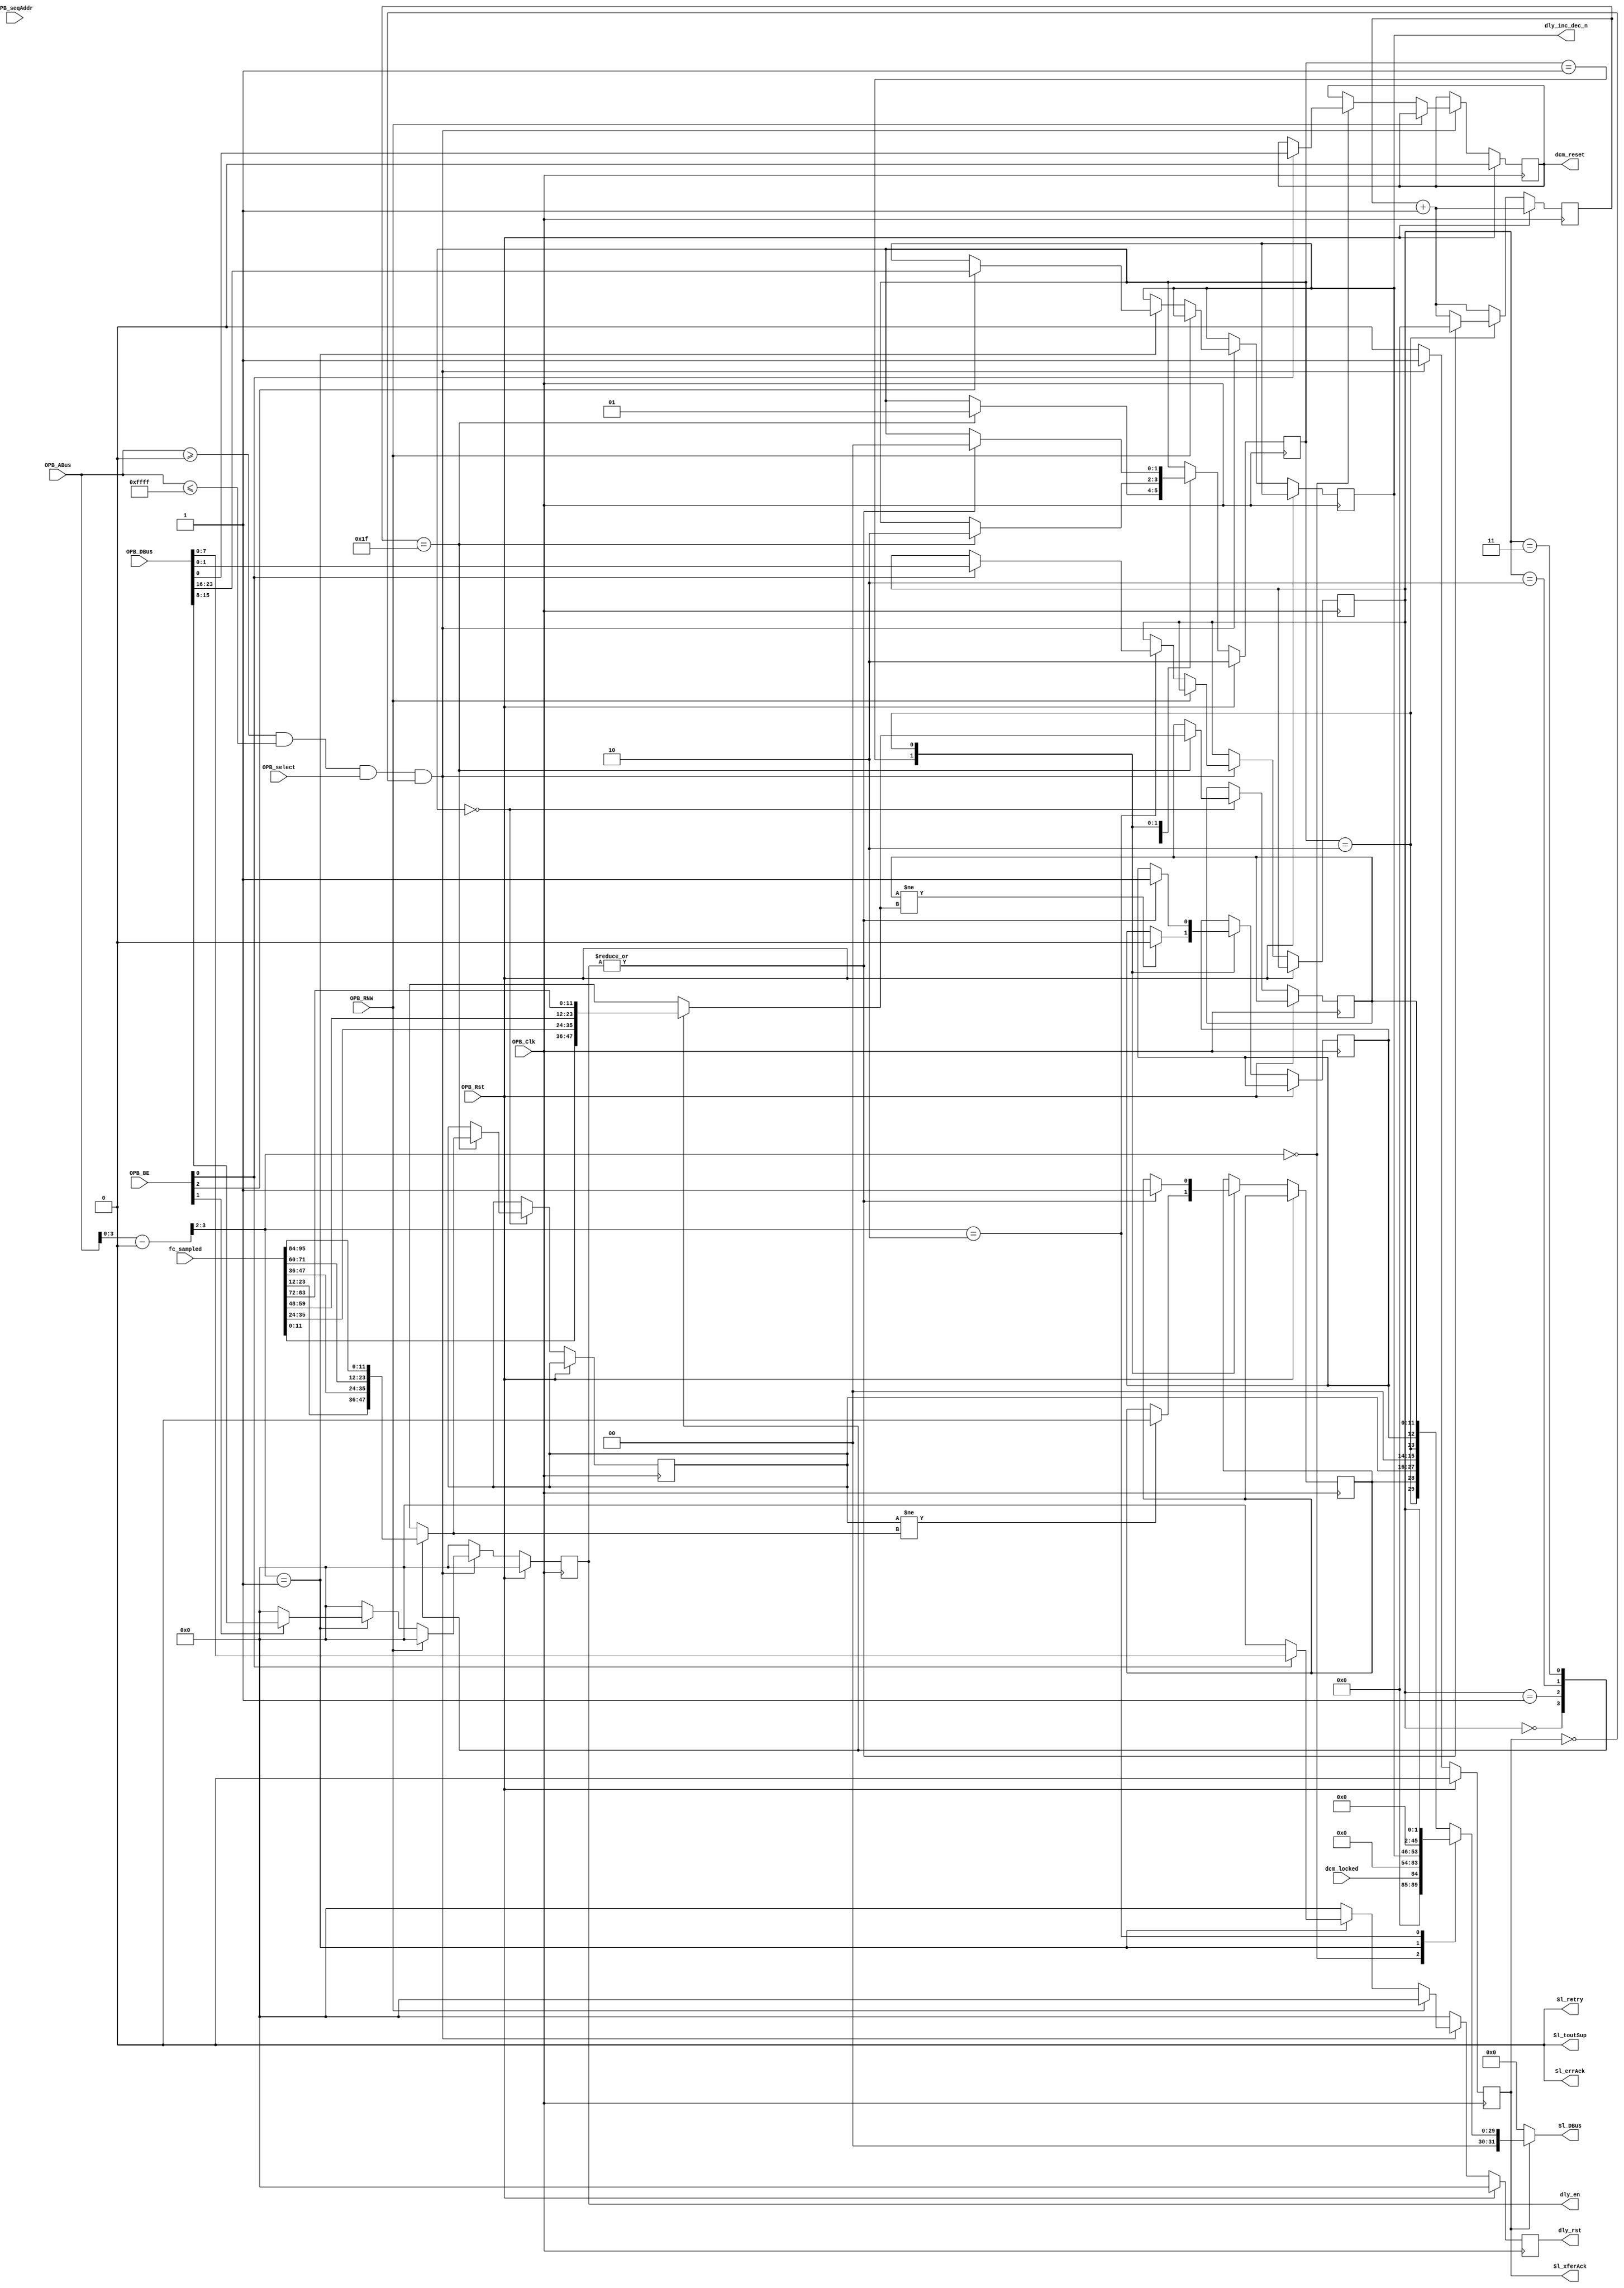
module opb_x64_adc #(
    parameter C_BASEADDR   = 32'h00000000,
    parameter C_HIGHADDR   = 32'h0000FFFF,
    parameter C_OPB_AWIDTH = 32,
    parameter C_OPB_DWIDTH = 32
  ) (
    input         OPB_Clk,
    input         OPB_Rst,
    output [0:31] Sl_DBus,
    output        Sl_errAck,
    output        Sl_retry,
    output        Sl_toutSup,
    output        Sl_xferAck,
    input  [0:31] OPB_ABus,
    input  [0:3]  OPB_BE,
    input  [0:31] OPB_DBus,
    input         OPB_RNW,
    input         OPB_select,
    input         OPB_seqAddr,

    input  [12*8-1:0] fc_sampled,
    output      [7:0] dly_rst,
    output      [7:0] dly_en,
    output      [7:0] dly_inc_dec_n,
    output            dcm_reset,
    input             dcm_locked
  );

  /************ OPB Logic ***************/

  localparam REG_CTRL    = 0;
  localparam REG_DLYCTRL = 1;
  localparam REG_DATASEL = 2;
  localparam REG_DATAVAL = 3;

  wire addr_match = OPB_ABus >= C_BASEADDR && OPB_ABus <= C_HIGHADDR;
  wire [31:0] opb_addr = OPB_ABus - C_BASEADDR;

  reg opb_ack;

  reg [7:0] dly_rst_reg;
  assign dly_rst = dly_rst_reg;
  reg [7:0] dly_en_reg;
  assign dly_en = dly_en_reg;
  reg [7:0] dly_inc_dec_n_reg;
  assign dly_inc_dec_n = dly_inc_dec_n_reg;
  reg dcm_reset_reg;
  assign dcm_reset = dcm_reset_reg;

  reg [1:0] data_index;

  /* Data from the sampler thing */
  reg [11:0] val0;
  reg [11:0] val1;
  reg val0_stable;
  reg val1_stable;
  wire val0_ready;
  wire val1_ready;

  always @(posedge OPB_Clk) begin
    /* Single cycle strobes */
    opb_ack     <= 1'b0;
    dly_rst_reg <= 8'b0;
    dly_en_reg  <= 8'b0;

    if (OPB_Rst) begin
      dcm_reset_reg <= 1'b0;
    end else begin
      if (addr_match && OPB_select && !opb_ack) begin
        opb_ack <= 1'b1;
        if (!OPB_RNW) begin
          case (opb_addr[3:2])
            REG_CTRL:  begin
              if (OPB_BE[3]) begin
                dcm_reset_reg  <= OPB_DBus[31];
              end
            end
            REG_DLYCTRL:  begin
              if (OPB_BE[3]) begin
                dly_rst_reg <= OPB_DBus[24:31];
              end
              if (OPB_BE[2]) begin
                dly_en_reg  <= OPB_DBus[16:23];
              end
              if (OPB_BE[1]) begin
                dly_inc_dec_n_reg  <= OPB_DBus[8:15];
              end
            end
            REG_DATASEL:  begin
              if (OPB_BE[3]) begin
                data_index <= OPB_DBus[30:31];
              end
            end
            REG_DATAVAL:  begin
            end
          endcase
        end
      end
    end
  end
  
  reg [31:0] opb_data_out;

  always @(*) begin
    case (opb_addr[3:2])
      REG_CTRL: begin
        opb_data_out <= {7'b0, dcm_locked, 24'b0};
      end
      REG_DLYCTRL: begin
        opb_data_out <= {8'b0, dly_inc_dec_n_reg, 16'b0};
      end
      REG_DATASEL: begin
        opb_data_out <= {30'b0, data_index};
      end
      default: begin
        opb_data_out <= {2'b0, val1_ready, val1_stable, val1, 2'b0, val0_ready, val0_stable, val0};
      end
    endcase
  end

  assign Sl_DBus     = Sl_xferAck ? opb_data_out : 32'b0;
  assign Sl_errAck   = 1'b0;
  assign Sl_retry    = 1'b0;
  assign Sl_toutSup  = 1'b0;
  assign Sl_xferAck  = opb_ack;

  /************* Frame clock Sample Logic ****************/

  reg [1:0] state;
  localparam STATE_WAIT   = 0;
  localparam STATE_SAMPLE = 1;
  localparam STATE_DONE   = 2;

  reg [4:0] progress;

  reg [11:0] val0_int;
  reg [11:0] val1_int;
  always @(*) begin
    case (data_index)
      0: begin
        val0_int <= fc_sampled[11:0 ];  //Channel 0
        val1_int <= fc_sampled[23:12]; //Channel 1
      end
      1: begin
        val0_int <= fc_sampled[35:24]; //Channel 2
        val1_int <= fc_sampled[47:36]; //Channel 3
      end
      2: begin
        val0_int <= fc_sampled[59:48]; //Channel 4
        val1_int <= fc_sampled[71:60]; //Channel 5
      end
      3: begin
        val0_int <= fc_sampled[83:72]; //Channel 6
        val1_int <= fc_sampled[95:84]; //Channel 7
      end
      default: begin
        val0_int <= fc_sampled[11:0 ];
        val1_int <= fc_sampled[23:12];
      end
    endcase
  end

  always @(posedge OPB_Clk) begin
    progress <= progress + 1;

    if (OPB_Rst) begin
      state <= STATE_DONE;
    end else begin
      case (state)
        STATE_WAIT: begin
          if (progress == {5{1'b1}}) begin
            val0 <= val0_int;
            val1 <= val1_int;
            state <= STATE_SAMPLE;
          end
        end
        STATE_SAMPLE: begin
          if (val0 != val0_int) begin
            val0_stable <= 1'b0;
          end
          if (val1 != val1_int) begin
            val1_stable <= 1'b0;
          end

          if (progress == {5{1'b1}}) begin
            state <= STATE_DONE;
          end
        end
        STATE_DONE: begin
          if (|dly_en_reg) begin
            val0_stable <= 1'b1;
            val1_stable <= 1'b1;
            progress    <= 0;
            state       <= STATE_WAIT;
          end
        end
      endcase
    end
  end
  assign val0_ready = state == STATE_DONE;
  assign val1_ready = state == STATE_DONE;

endmodule